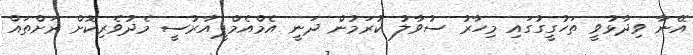
އޭނާ ވިދާޅުވީ ތަހުގީގުގައި މިހާރު ސުވާލު ކުރަމުން ދަނީ އެމްއެމްޕީއާރުސީ މެދުވެރިކޮށް ރަށްތައް